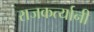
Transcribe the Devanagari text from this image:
राजकर्त्यानी